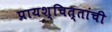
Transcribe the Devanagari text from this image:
प्रायश्चित्तांची